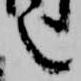
言